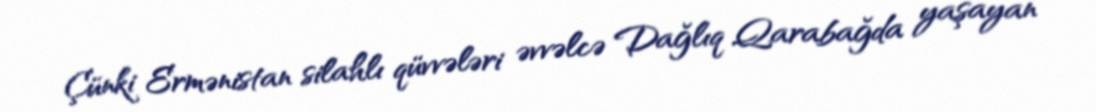
Çünki Ermənistan silahlı qüvvələri əvvəlcə Dağlıq Qarabağda yaşayan